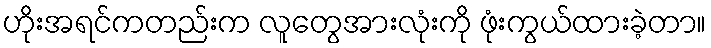
ဟိုးအရင်ကတည်းက လူတွေအားလုံးကို ဖုံးကွယ်ထားခဲ့တာ။